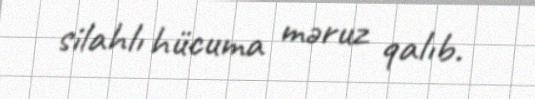
silahlı hücuma məruz qalıb.